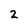
Character: 2